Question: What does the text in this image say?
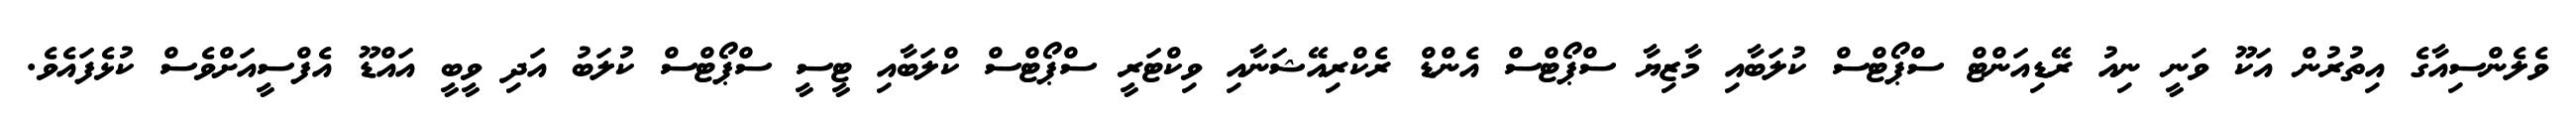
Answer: ވެލެންސިއާގެ އިތުރުން އަކޫ ވަނީ ނިއު ރޭޑިއަންޓް ސްޕޯޓްސް ކުލަބާއި މާޒިޔާ ސްޕޯޓްސް އެންޑް ރެކްރިއޭޝަނާއި ވިކްޓަރީ ސްޕޯޓްސް ކްލަބާއި ޓީސީ ސްޕޯޓްސް ކުލަބު އަދި ވީބީ އައްޑޫ އެފްސީއަށްވެސް ކުޅެފައެވެ.